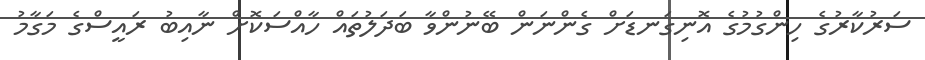
ސަރުކާރުގެ ހިންގުމުގެ އޮނިގަނޑަށް ގެންނަން ބޭނުންވާ ބަދަލުތައް ހާއްސަކޮށް ނާއިބު ރައީސްގެ މަގާމު